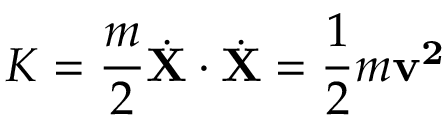
K = { \frac { m } { 2 } } { \dot { \mathbf { X } } } \cdot { \dot { \mathbf { X } } } = { \frac { 1 } { 2 } } m { \mathbf { v ^ { 2 } } }